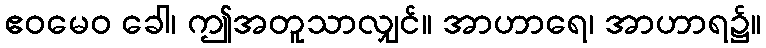
ဧဝမေဝ ခေါ၊ ဤအတူသာလျှင်။ အာဟာရေ၊ အာဟာရ၌။